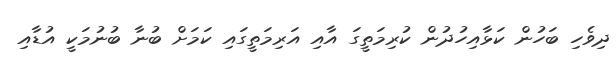
ދިވެހި ބަހުން ކަޅާއިހުދުން ކުރިމަތީގަ އާއި އަރިމަތީގައި ކަމަށް ބުނާ ބުނުމަކީ އުޑާއި